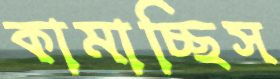
কামাচ্ছিস